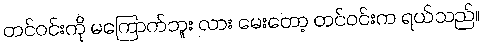
တင်ဝင်းကို မကြောက်ဘူး လား မေးတော့ တင်ဝင်းက ရယ်သည်။